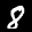
Label: 8